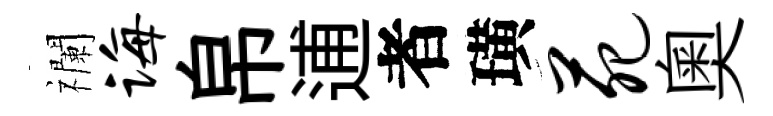
襴诲帛逋者璜苑奧